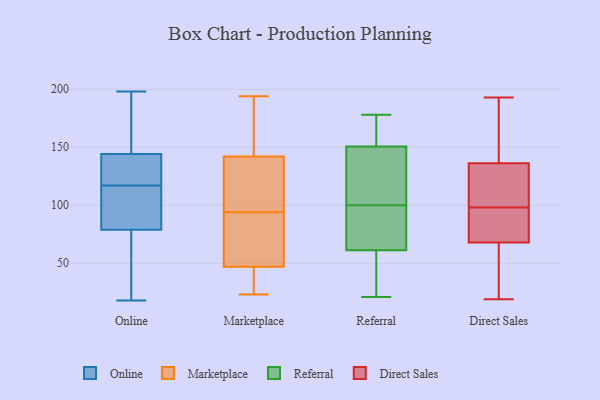
{"axis": {"x": "Inventory Turnover", "y": "Value"}, "legend": ["Direct Sales", "Marketplace", "Online", "Referral"], "data": [{"x": "", "y": 80, "type": "Online"}, {"x": "", "y": 18, "type": "Online"}, {"x": "", "y": 137, "type": "Online"}, {"x": "", "y": 184, "type": "Online"}, {"x": "", "y": 108, "type": "Online"}, {"x": "", "y": 145, "type": "Online"}, {"x": "", "y": 67, "type": "Online"}, {"x": "", "y": 58, "type": "Online"}, {"x": "", "y": 191, "type": "Online"}, {"x": "", "y": 76, "type": "Online"}, {"x": "", "y": 117, "type": "Online"}, {"x": "", "y": 134, "type": "Online"}, {"x": "", "y": 144, "type": "Online"}, {"x": "", "y": 131, "type": "Online"}, {"x": "", "y": 198, "type": "Online"}, {"x": "", "y": 112, "type": "Online"}, {"x": "", "y": 80, "type": "Online"}, {"x": "", "y": 84, "type": "Marketplace"}, {"x": "", "y": 23, "type": "Marketplace"}, {"x": "", "y": 107, "type": "Marketplace"}, {"x": "", "y": 73, "type": "Marketplace"}, {"x": "", "y": 194, "type": "Marketplace"}, {"x": "", "y": 157, "type": "Marketplace"}, {"x": "", "y": 35, "type": "Marketplace"}, {"x": "", "y": 77, "type": "Marketplace"}, {"x": "", "y": 126, "type": "Marketplace"}, {"x": "", "y": 143, "type": "Marketplace"}, {"x": "", "y": 159, "type": "Marketplace"}, {"x": "", "y": 104, "type": "Marketplace"}, {"x": "", "y": 38, "type": "Marketplace"}, {"x": "", "y": 43, "type": "Marketplace"}, {"x": "", "y": 51, "type": "Marketplace"}, {"x": "", "y": 141, "type": "Marketplace"}, {"x": "", "y": 24, "type": "Referral"}, {"x": "", "y": 48, "type": "Referral"}, {"x": "", "y": 21, "type": "Referral"}, {"x": "", "y": 165, "type": "Referral"}, {"x": "", "y": 112, "type": "Referral"}, {"x": "", "y": 93, "type": "Referral"}, {"x": "", "y": 43, "type": "Referral"}, {"x": "", "y": 178, "type": "Referral"}, {"x": "", "y": 105, "type": "Referral"}, {"x": "", "y": 80, "type": "Referral"}, {"x": "", "y": 147, "type": "Referral"}, {"x": "", "y": 87, "type": "Referral"}, {"x": "", "y": 127, "type": "Referral"}, {"x": "", "y": 100, "type": "Referral"}, {"x": "", "y": 152, "type": "Referral"}, {"x": "", "y": 86, "type": "Referral"}, {"x": "", "y": 171, "type": "Referral"}, {"x": "", "y": 55, "type": "Referral"}, {"x": "", "y": 173, "type": "Referral"}, {"x": "", "y": 98, "type": "Direct Sales"}, {"x": "", "y": 58, "type": "Direct Sales"}, {"x": "", "y": 49, "type": "Direct Sales"}, {"x": "", "y": 100, "type": "Direct Sales"}, {"x": "", "y": 19, "type": "Direct Sales"}, {"x": "", "y": 88, "type": "Direct Sales"}, {"x": "", "y": 193, "type": "Direct Sales"}, {"x": "", "y": 131, "type": "Direct Sales"}, {"x": "", "y": 23, "type": "Direct Sales"}, {"x": "", "y": 160, "type": "Direct Sales"}, {"x": "", "y": 138, "type": "Direct Sales"}, {"x": "", "y": 122, "type": "Direct Sales"}, {"x": "", "y": 64, "type": "Direct Sales"}, {"x": "", "y": 122, "type": "Direct Sales"}, {"x": "", "y": 181, "type": "Direct Sales"}, {"x": "", "y": 80, "type": "Direct Sales"}, {"x": "", "y": 87, "type": "Direct Sales"}, {"x": "", "y": 84, "type": "Direct Sales"}, {"x": "", "y": 179, "type": "Direct Sales"}]}